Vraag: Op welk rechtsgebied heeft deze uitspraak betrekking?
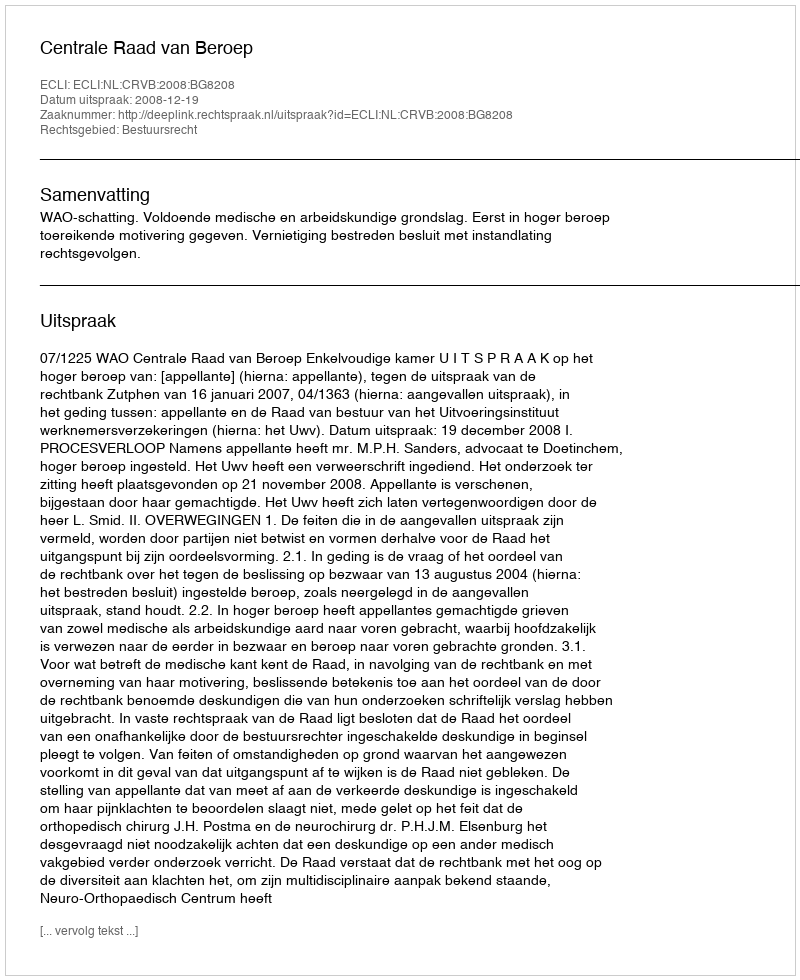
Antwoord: Bestuursrecht